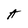
Character: A